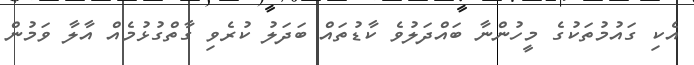
އެކި ގައުމުތަކުގެ މީހުންނާ ބައްދަލުވެ ކާޑުތައް ބަދަލު ކުރެވި ގާތްގުޅުމެއް އާލާ ވަމުން